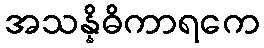
အသန္နိဓိကာရကေ